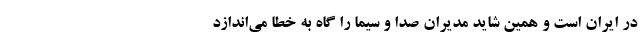
در ایران است و همین شاید مدیران صدا و سیما را گاه به خطا می‌اندازد